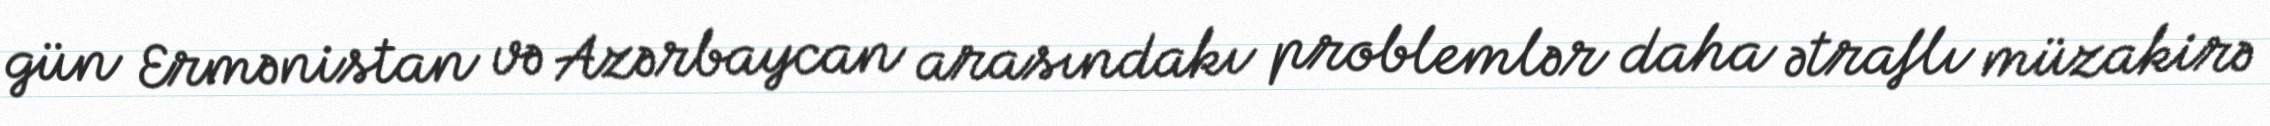
gün Ermənistan və Azərbaycan arasındakı problemlər daha ətraflı müzakirə